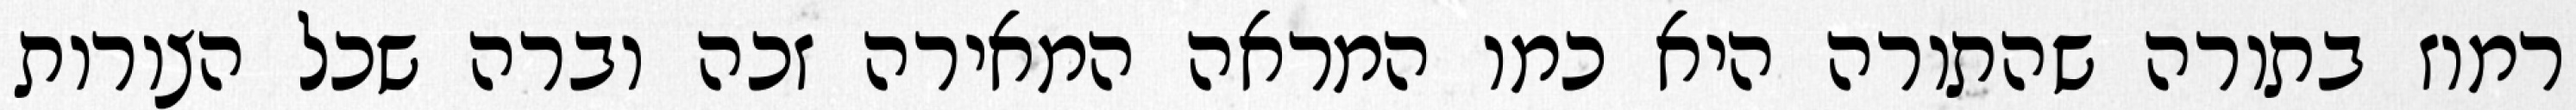
רמוז בתורה שהתורה היא כמו המראה המאירה זכה וברה שכל הצורות